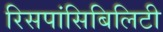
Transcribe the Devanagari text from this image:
रिसपांसिबिलिटी